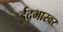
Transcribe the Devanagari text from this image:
ईद्भास्वर